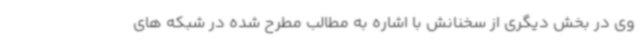
وی در بخش دیگری از سخنانش با اشاره به مطالب مطرح شده در شبکه های